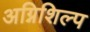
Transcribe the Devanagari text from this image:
अग्निशिल्प